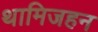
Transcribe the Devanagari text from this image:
थामिजहन